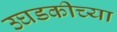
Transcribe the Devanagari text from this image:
उघडकीच्या